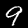
Label: 9